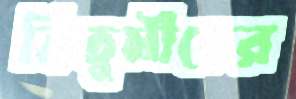
তিতুমীরের